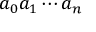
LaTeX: a _ { 0 } a _ { 1 } \cdots a _ { n }